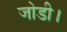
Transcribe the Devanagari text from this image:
जोडी।